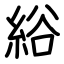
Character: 綌